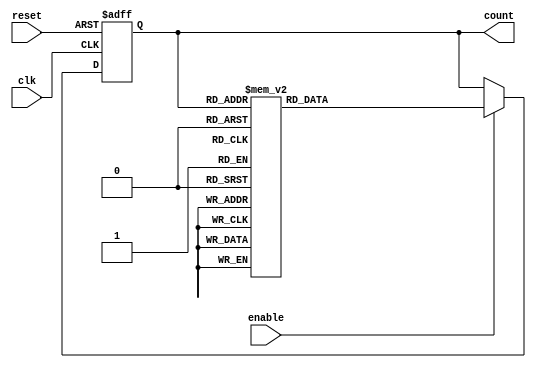
module synchronous_counter (
    input clk,
    input reset,
    input enable,
    output reg [3:0] count
);

reg [3:0] next_count;

always @ (posedge clk or posedge reset) begin
    if (reset) begin
        count <= 4'b0000;
    end else if (enable) begin
        count <= next_count;
    end
end

always @ (*) begin
    case (count)
        4'b0000: next_count = 4'b0001;
        4'b0001: next_count = 4'b0010;
        4'b0010: next_count = 4'b0011;
        4'b0011: next_count = 4'b0100;
        4'b0100: next_count = 4'b0101;
        4'b0101: next_count = 4'b0110;
        4'b0110: next_count = 4'b0111;
        4'b0111: next_count = 4'b1000;
        4'b1000: next_count = 4'b1001;
        4'b1001: next_count = 4'b0000;
        default: next_count = 4'b0000;
    endcase
end

endmodule